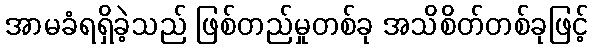
အာမခံရရှိခဲ့သည် ဖြစ်တည်မှုတစ်ခု အသိစိတ်တစ်ခုဖြင့်